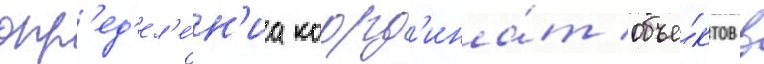
опр'ед'ел'е́н'иа коорд'ина́т объе́ктов в